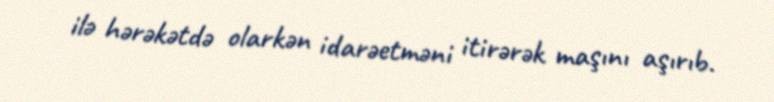
ilə hərəkətdə olarkən idarəetməni itirərək maşını aşırıb.